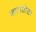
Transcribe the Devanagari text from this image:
जालखेडा